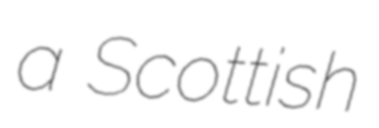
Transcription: a Scottish